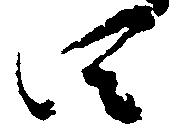
四